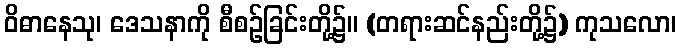
ဝိဓာနေသု၊ ဒေသနာကို စီစဉ်ခြင်းတို့၌။ (တရားဆင်နည်းတို့၌) ကုသလော၊